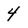
Character: 4